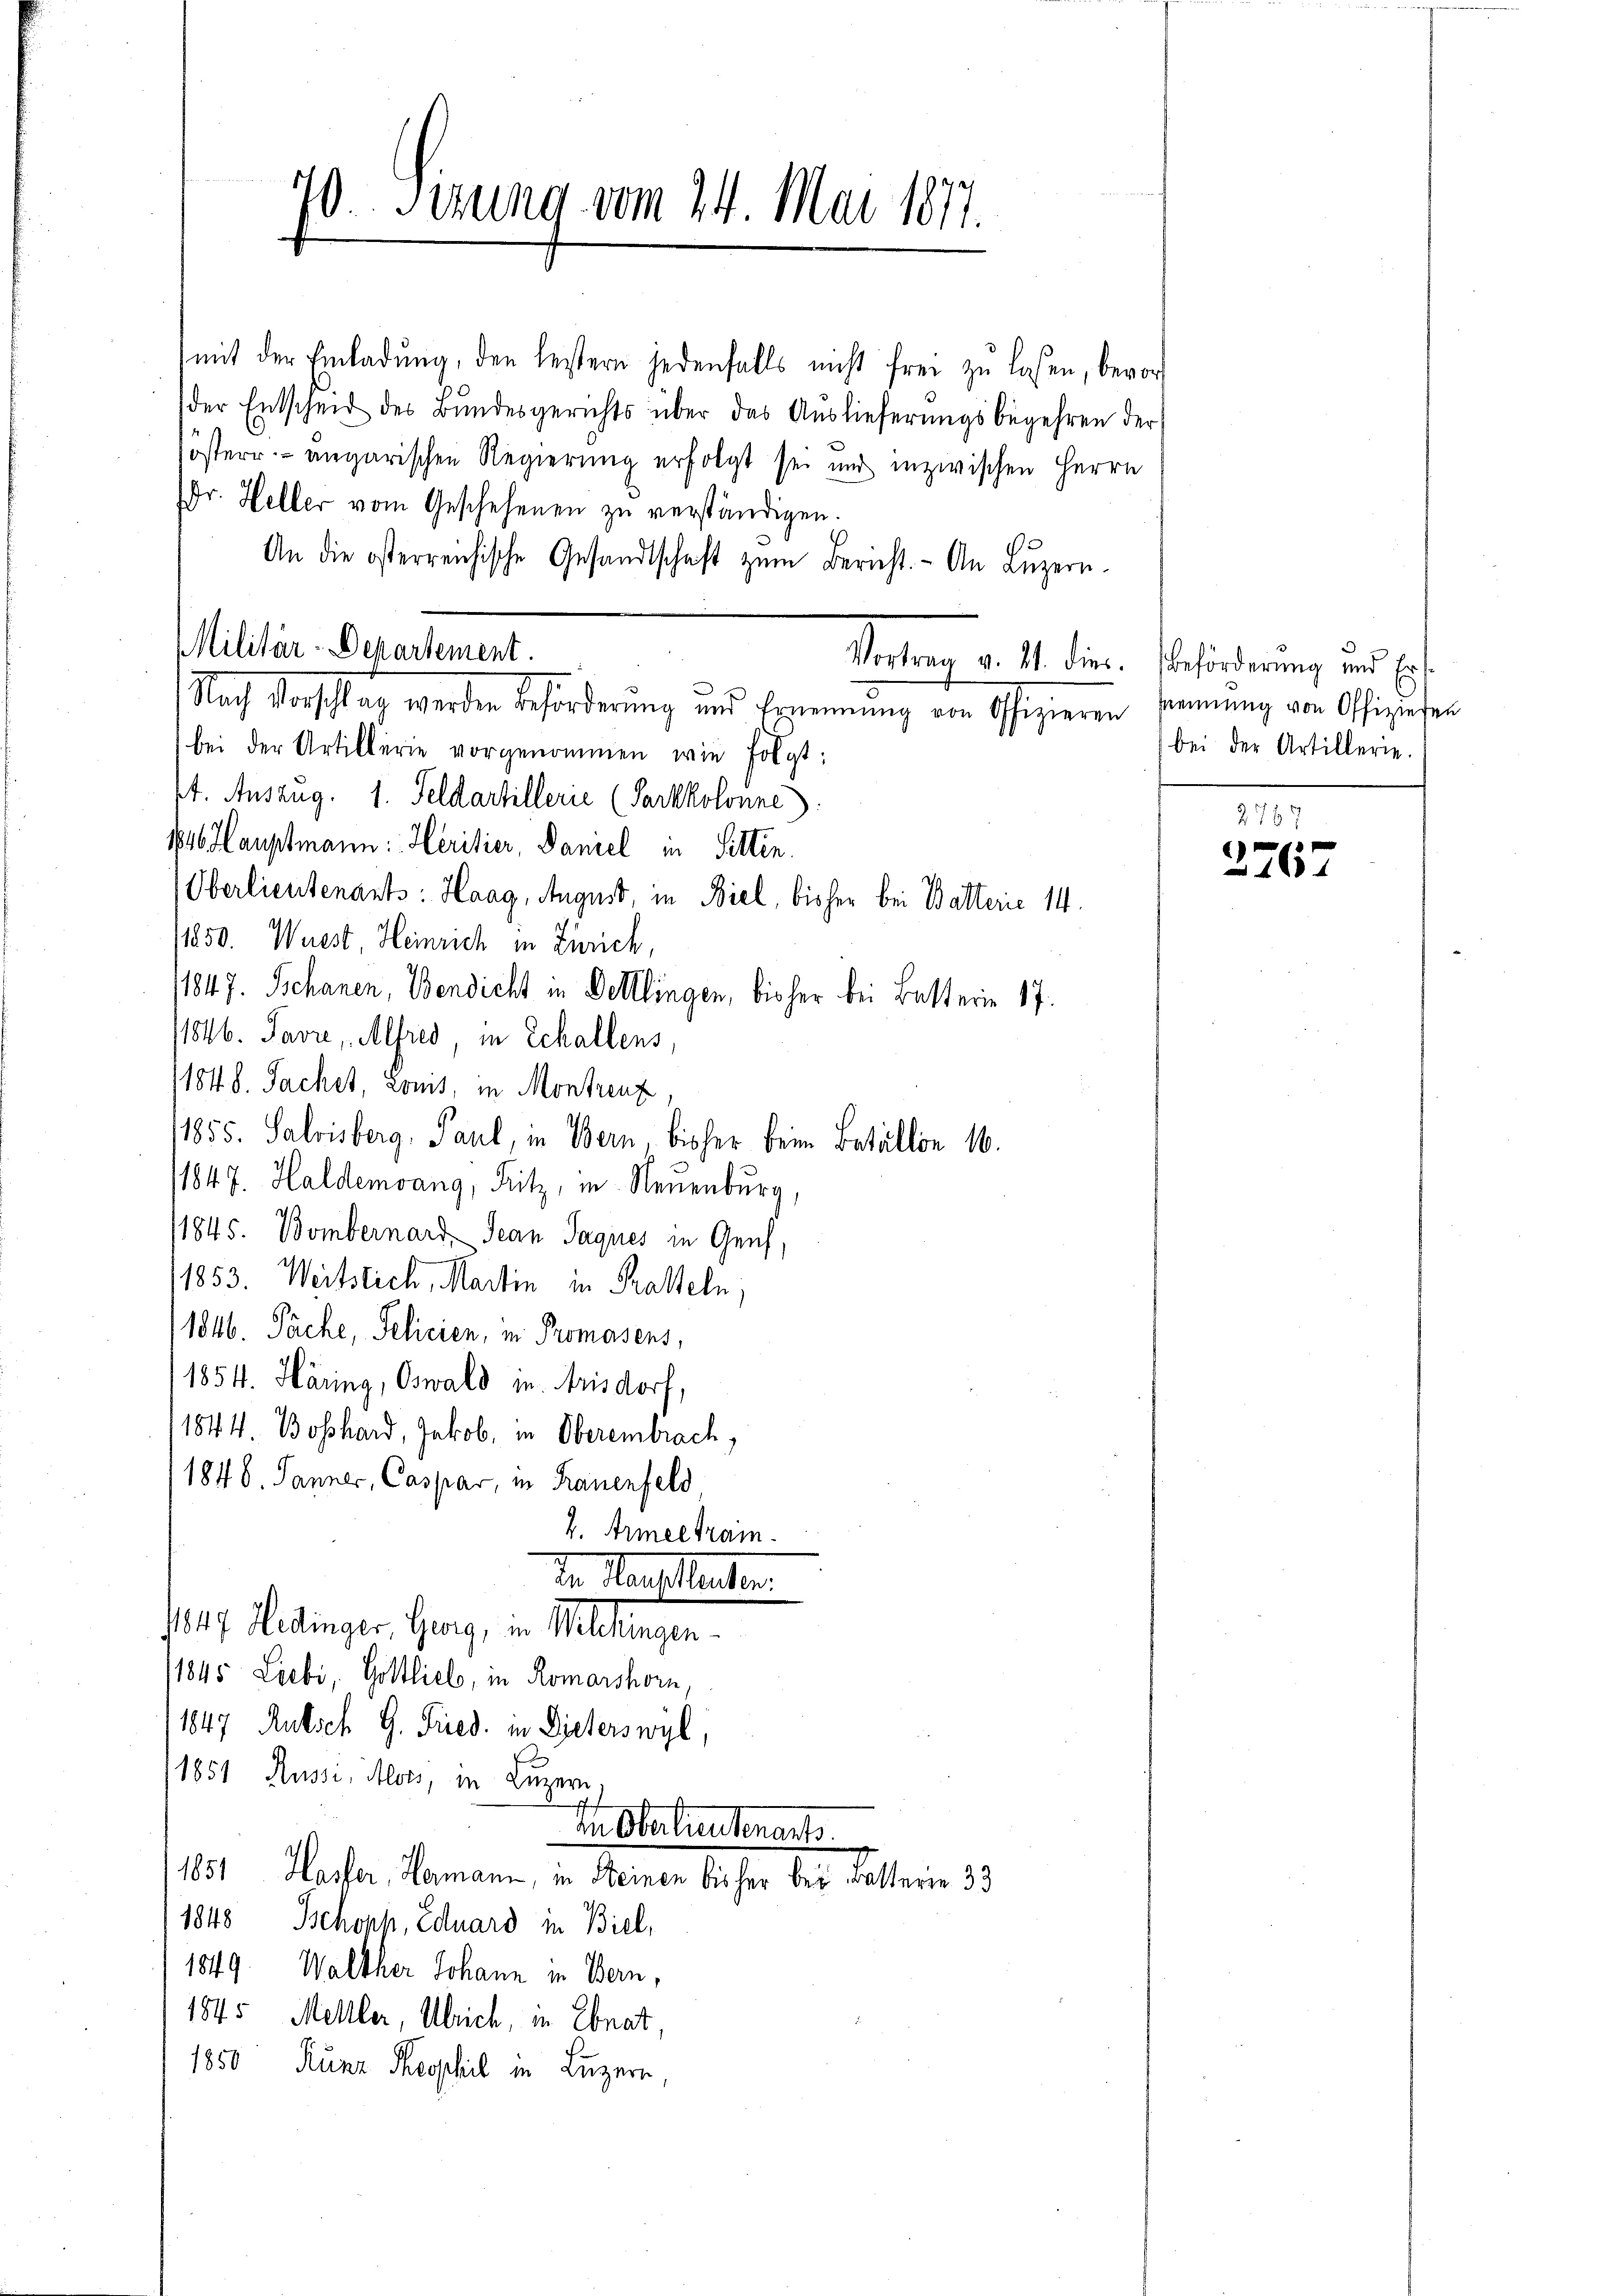
mit der Einladung, den leistern jedenfalls nicht frei zu lasen, bevor
der Entscheid des Bŭndesgerichts über das Auslieferŭngsbegehren der
sösterr. ungarischen Regierung erfolgt sei und inzwischen Herrn
Dr. Heller vom Geschehenen zu verständigen.
An die österreichische Gesandtschaft zŭm Bericht. An Lŭzern.
bei der Artillerie vorgenommen wie folgt:
2t. Auszug. 1. Feldartillerie (Sarkkolonne
116 Hauptmann: Heritier, Daniel in Sitten.
Oberlieutenants: Haag, August, in Biel, bisher bei Batterie 14.
/1850. Wüest, Heinrich in Zürich,
11847. Schanen, Bendicht in Delllingen, bisher bei Butterin 17.
/1846. Javre, Alfred, in Schallens,
1184. d. Sachet, konis, in Montreuz
11855. Salvisberg, Paul, in Bern, bisher beim Betällon 16.
1847. Haldemoang, Ritz, in Neuenburg,
11845. Bombernard Jean Jaques in Genf,
1853. Weitstich, Martin in Krateln,
1846. Pache, Pelicien, in Promasens,
1854. Häring, Oswald in Arisdorf,
1844. Boßhard, Jakob, in Oberembrach,
1848. Janner, Caspar, in Frauenfeld
4. Armee train.
d. Heusleuter
147. Hedinger, Georg, in Mellingen
11845 Liebi, Gottlieb, in Romarshorn,
11847 Rutsch G. Fried. in Dieterswyl,
11851 Russi, Alois, in Luzern,
In Oberlieutenants.
1851 Hasser, Hermann, in Steinen bisher bey Walterie 33
1848 Schoch, Eduard in Biel,
1849. Walther Johann in Bern,
1845 Melller, Ulrich, in Ebnat,
1850 Kunz Theopheil in Luzern,

70. Setzung vom 24. Mai 1877.

Militär-Departement.
Nach Vorschlag werden Beförderung und Ernennung von Offizieren sommung von Offiziehen

Vertrag v. 11. dies. Beförderung und Erf
bei der Artillerie.

2767